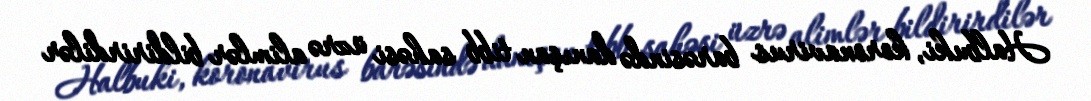
Halbuki, koronavirus barəsində danışan tibb sahəsi üzrə alimlər bildirirdilər